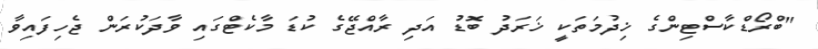
"ބްރޯޑްކާސްޓިންގެ ޚިދުމަތަކީ ޚަރަދު ބޮޑު އަދި ރާއްޖޭގެ ކުޑަ މާކެޓްގައި ވާދަކުރަން ޖެހިފައިވާ